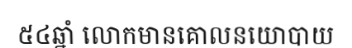
៥៤ឆ្នាំ លោកមានគោលនយោបាយ